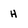
Character: H